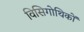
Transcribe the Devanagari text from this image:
विसिगोथिकों